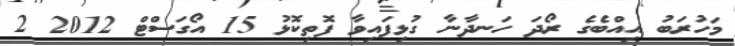
މަހުރަބު އިއްބެގެ ރޯދަ ހަނދާނާ ގުޅިފައިވާ ފޮތިކޮޅު 15 އޯގަސްޓް 2012 2